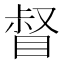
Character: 督